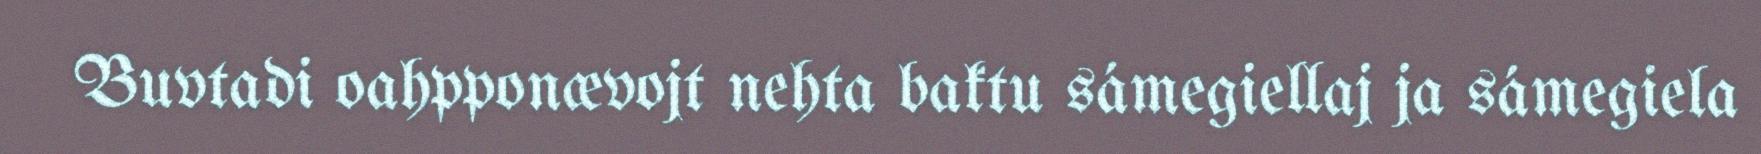
Buvtadi oahpponævojt nehta baktu sámegiellaj ja sámegiela